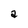
Character: a